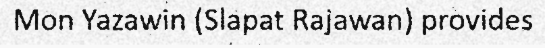
Mon Yazawin (Slapat Rajawan) provides